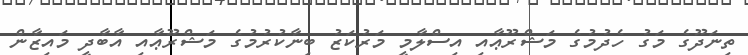
ތިނަދޫގެ މަގު ހެދުމުގެ މަޝްރޫޢާއި އިސްލާމީ މަރުކަޒު ބިނާކުރުމުގެ މަޝްރޫޢާއި އާބާދީ މައިޒާން